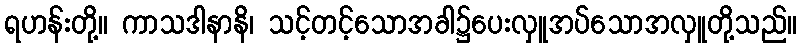
ရဟန်းတို့။ ကာသဒါနာနိ၊ သင့်တင့်သောအခါ၌ပေးလှူအပ်သောအလှူတို့သည်။